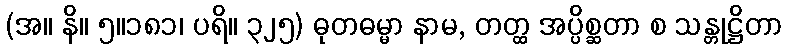
(အ။ နိ။ ၅။၁၈၁၊ ပရိ။ ၃၂၅) ဓုတဓမ္မာ နာမ, တတ္ထ အပ္ပိစ္ဆတာ စ သန္တုဋ္ဌိတာ